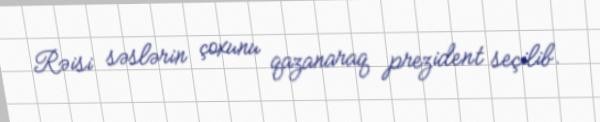
Rəisi səslərin çoxunu qazanaraq prezident seçilib.